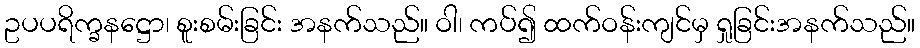
ဥပပရိက္ခနဋ္ဌော၊ စူးစမ်းခြင်း အနက်သည်။ ဝါ၊ ကပ်၍ ထက်ဝန်းကျင်မှ ရှုခြင်းအနက်သည်။